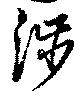
渉